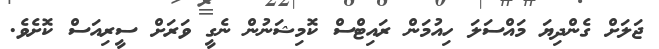
ޖަލަށް ގެންދިޔަ މައްސަލަ ހިއުމަން ރައިޓްސް ކޮމިޝަނުން ނެގީ ވަރަށް ސީރިއަސް ކޮށެވެ.